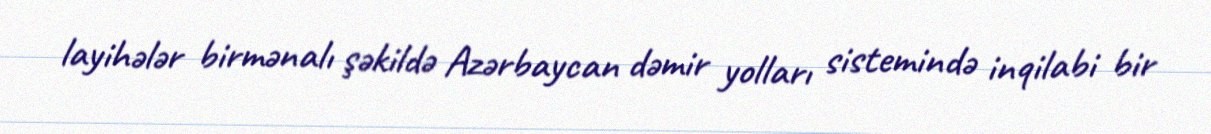
layihələr birmənalı şəkildə Azərbaycan dəmir yolları sistemində inqilabi bir